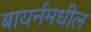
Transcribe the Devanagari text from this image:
बायर्नमधील